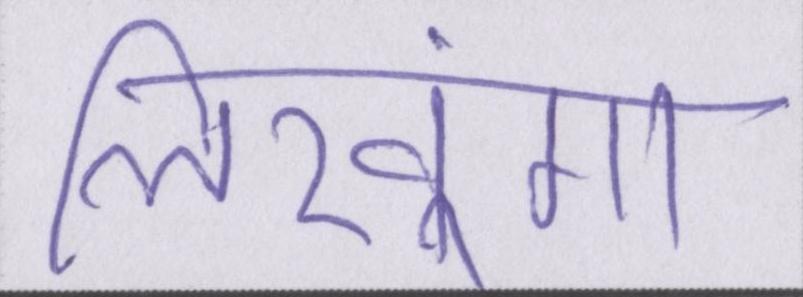
लिखूंगा